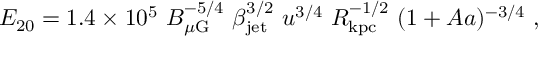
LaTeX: E _ { 2 0 } = 1 . 4 \times 1 0 ^ { 5 } \, \, B _ { \mu \mathrm { G } } ^ { - 5 / 4 } \, \, \beta _ { \mathrm { j e t } } ^ { 3 / 2 } \, \, u ^ { 3 / 4 } \, \, R _ { \mathrm { k p c } } ^ { - 1 / 2 } \, \, ( 1 + A a ) ^ { - 3 / 4 } \ ,